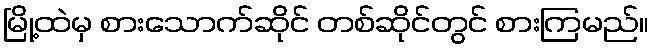
မြို့ထဲမှ စားသောက်ဆိုင် တစ်ဆိုင်တွင် စားကြမည်။